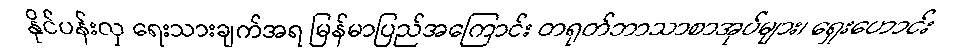
နိုင်ပန်းလှ ရေးသားချက်အရ မြန်မာပြည်အကြောင်း တရုတ်ဘာသာစာအုပ်များ၊ ရှေးဟောင်း